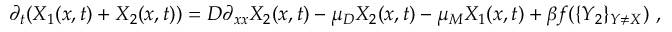
\partial _ { t } ( X _ { 1 } ( x , t ) + X _ { 2 } ( x , t ) ) = D \partial _ { x x } X _ { 2 } ( x , t ) - \mu _ { D } X _ { 2 } ( x , t ) - \mu _ { M } X _ { 1 } ( x , t ) + \beta f ( \{ Y _ { 2 } \} _ { Y \neq X } ) ~ ,